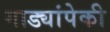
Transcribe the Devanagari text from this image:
गाड्यांपेकी